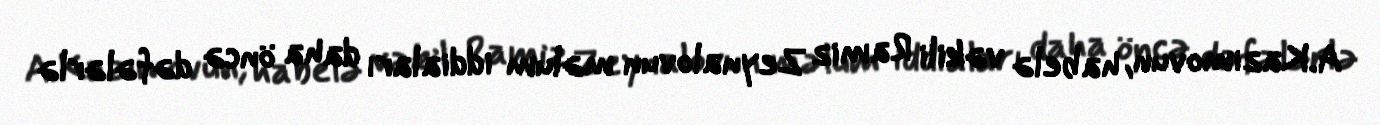
A.Kazımovun, habelə vəkili Ramiz Zeynalovun məlum iddiaları daha öncə dəfələrlə